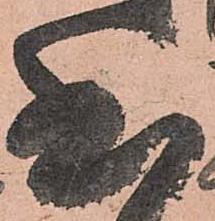
至